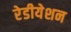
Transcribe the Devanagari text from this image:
रेडीयेशन